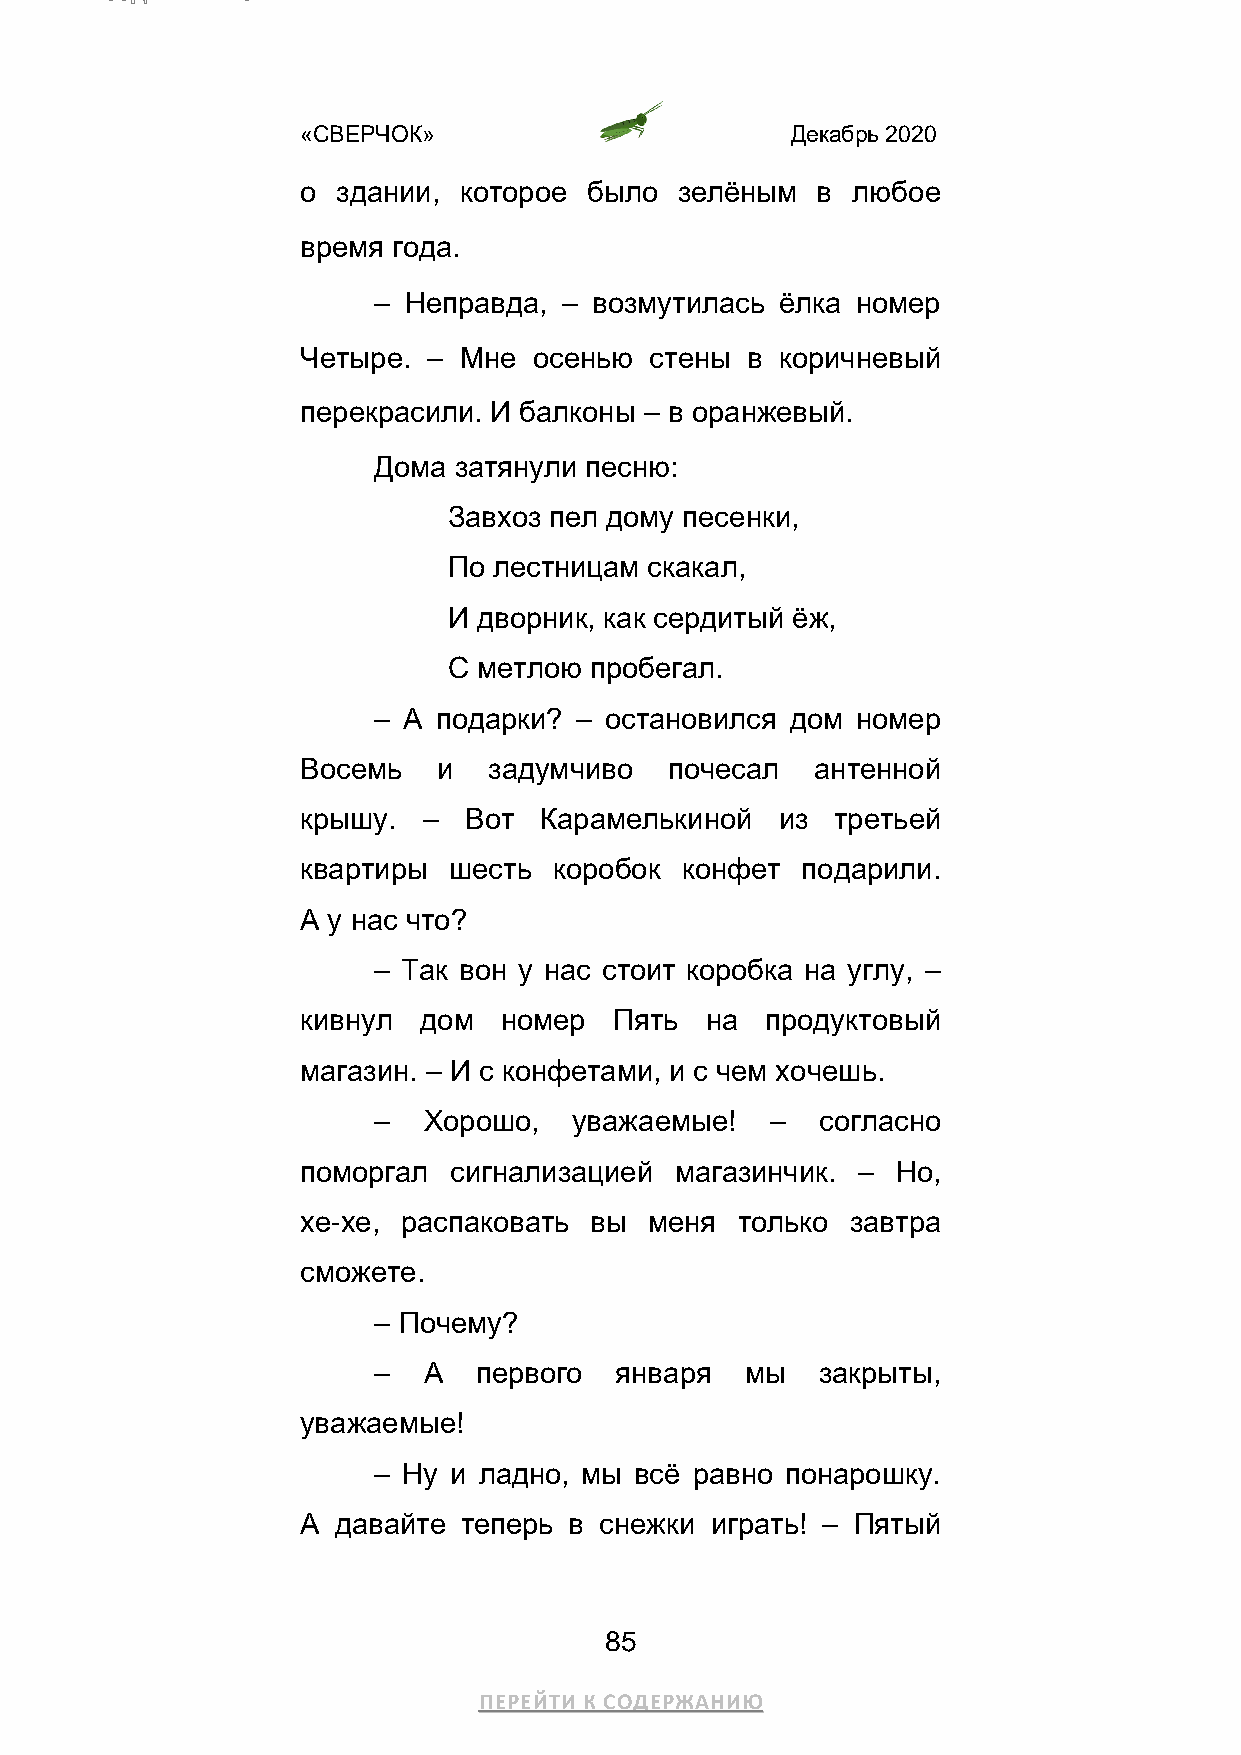
«СВЕРЧОК»                       Декабрь 2020
 о здании, которое  было  зелёным  в любое
 время года.
 – Неправда, – возмутилась  ёлка номер
 Четыре. – Мне  осенью  стены в  коричневый
 перекрасили. И балконы – в оранжевый.
 Дома затянули песню:
 Завхоз пел дому песенки,
 По лестницам скакал,
 И дворник, как сердитый ёж,
 С метлою пробегал.
 – А подарки? – остановился дом  номер
 Восемь   и  задумчиво   почесал   антенной
 крышу.  –  Вот  Карамелькиной   из третьей
 квартиры  шесть  коробок конфет  подарили.
 А у нас что?
 – Так вон у нас стоит коробка на углу, –
 кивнул  дом  номер   Пять  на  продуктовый
 магазин. – И с конфетами, и с чем хочешь.
 –  Хорошо,   уважаемые!   –  согласно
 поморгал  сигнализацией  магазинчик. – Но,
 хе-хе, распаковать вы  меня  только завтра
 сможете.
 – Почему?
 –  А   первого  января  мы   закрыты,
 уважаемые!
 – Ну и ладно, мы всё равно понарошку.
 А давайте  теперь в снежки играть! – Пятый
 85
 ПЕРЕЙТИ К СОДЕРЖАНИЮ